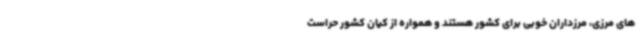
های مرزی، مرزداران خوبی برای کشور هستند و همواره از کیان کشور حراست